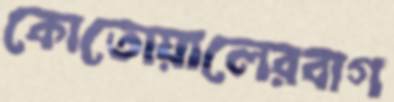
কোতোয়ালেরবাগ